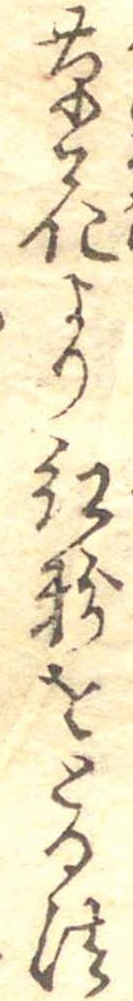
草花より紅粉をとる法